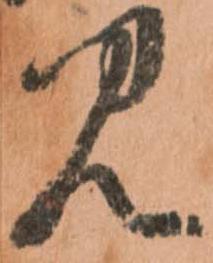
見